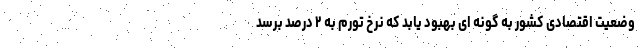
وضعیت اقتصادی کشور به گونه ای بهبود یابد که نرخ تورم به ۲ درصد برسد